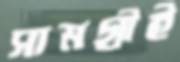
সামগ্রীই